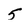
Character: 5